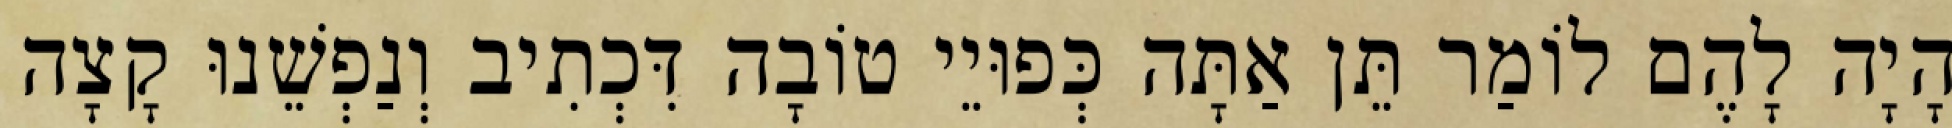
הָיָה לָהֶם לוֹמַר תֵּן אַתָּה כְּפוּיֵי טוֹבָה דִּכְתִיב וְנַפְשֵׁנוּ קָצָה